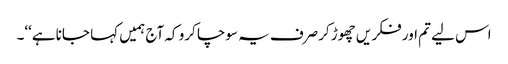
اس لیے تم اور فکر یں چھوڑ کرصرف یہ سوچا کرو کہ آج ہمیں کہا جانا ہے‘‘۔